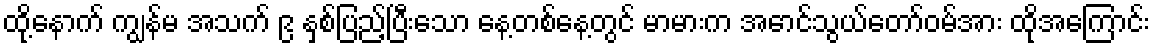
ထို့နောက် ကျွန်မ အသက် ၉ နှစ်ပြည့်ပြီးသော နေ့တစ်နေ့တွင် မာမားက အောင်သွယ်တော်ဝမ်အား ထိုအကြောင်း